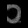
Digit: ၀